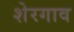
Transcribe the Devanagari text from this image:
शेरगाव